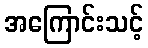
အကြောင်းသင့်